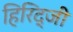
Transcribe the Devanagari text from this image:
हिरिद्जी